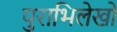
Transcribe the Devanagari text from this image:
पुराभिलेखों